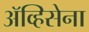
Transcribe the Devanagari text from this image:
ॲव्हिसेना